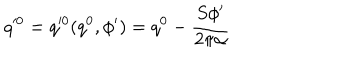
q ^ { 0 } = q ^ { 0 } ( q ^ { 0 } , \phi ^ { \prime } ) = q ^ { 0 } - \frac { S \phi ^ { \prime } } { 2 \pi \alpha }